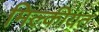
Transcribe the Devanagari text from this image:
मिल्कीयत